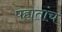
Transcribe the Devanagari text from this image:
पहातांच